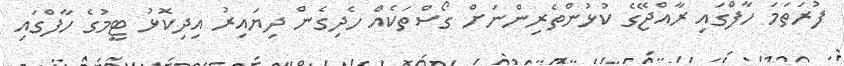
ފުރަތަމަ ހާފްގައި ރާއްޖޭގެ ކުޅުންތެރިންނަށް ގޯސްތަކެއް ހެދިގެން ދިޔައިރު އިދިކޮޅު ޓީމުގެ ހާފްގައި